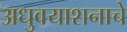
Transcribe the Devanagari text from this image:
अधुवयाशनाचे